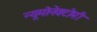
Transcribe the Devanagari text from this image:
न्यूमोनेक्टोमी